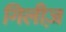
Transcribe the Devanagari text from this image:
गिलीज़